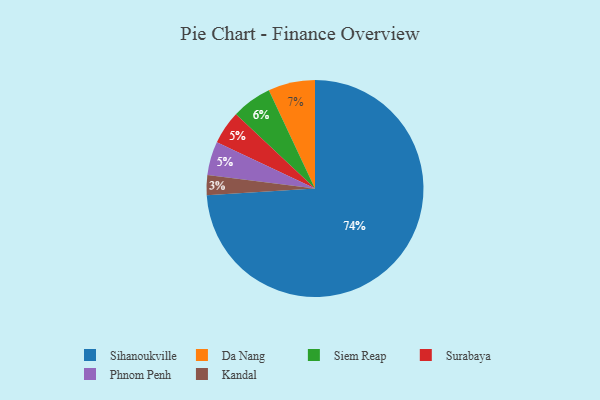
{"axis": {"x": "Category", "y": "Percentage"}, "legend": ["Da Nang", "Kandal", "Phnom Penh", "Siem Reap", "Sihanoukville", "Surabaya"], "data": [{"x": "Siem Reap", "y": 6, "type": "Siem Reap"}, {"x": "Surabaya", "y": 5, "type": "Surabaya"}, {"x": "Kandal", "y": 3, "type": "Kandal"}, {"x": "Da Nang", "y": 7, "type": "Da Nang"}, {"x": "Phnom Penh", "y": 5, "type": "Phnom Penh"}, {"x": "Sihanoukville", "y": 74, "type": "Sihanoukville"}]}